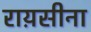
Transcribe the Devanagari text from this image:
राय़सीना